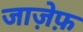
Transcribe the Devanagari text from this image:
जाज़ेफ़